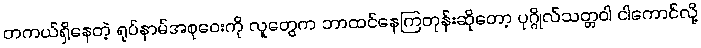
တကယ်ရှိနေတဲ့ ရုပ်နာမ်အစုဝေးကို လူတွေက ဘာထင်နေကြတုန်းဆိုတော့ ပုဂ္ဂိုလ်သတ္တဝါ ငါကောင်လို့